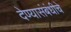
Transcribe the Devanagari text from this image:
देण्यासंबंधीचे